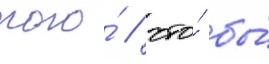
того́ / что́ бы́